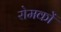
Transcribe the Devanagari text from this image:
रोमकों